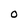
Character: O